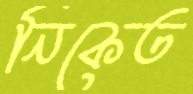
নিকেত